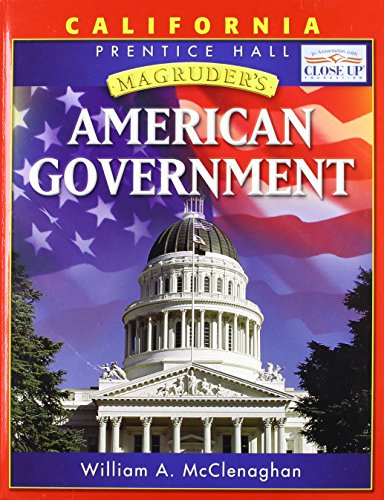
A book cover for Magruder's American Government: California Edition; William A. McClenaghan; Teen & Young Adult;